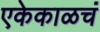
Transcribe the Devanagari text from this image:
एकेकाळचं